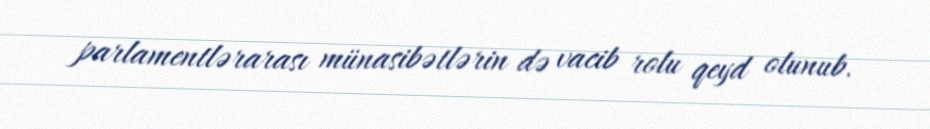
parlamentlərarası münasibətlərin də vacib rolu qeyd olunub.